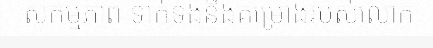
សកម្មភាព ទាក់ទងនឹងគម្រោងរបស់លោក